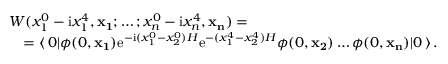
\begin{array} { l } { { { \cal W } ( x _ { 1 } ^ { 0 } - \mathrm { i } x _ { 1 } ^ { 4 } , { \bf x _ { 1 } } ; \dots ; x _ { n } ^ { 0 } - \mathrm { i } x _ { n } ^ { 4 } , { \bf x _ { n } } ) = } } \\ { { \quad = \langle \, 0 | \phi ( 0 , { \bf x _ { 1 } } ) \mathrm { e } ^ { - \mathrm { i } ( x _ { 1 } ^ { 0 } - x _ { 2 } ^ { 0 } ) H } \mathrm { e } ^ { - ( x _ { 1 } ^ { 4 } - x _ { 2 } ^ { 4 } ) H } \phi ( 0 , { \bf x _ { 2 } } ) \dots \phi ( 0 , { \bf x _ { n } } ) | 0 \, \rangle \, . } } \end{array}